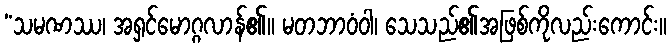
“သမဏဿ၊ အရှင်မောဂ္ဂလာန်၏။ မတဘာဝံဝါ၊ သေသည်၏အဖြစ်ကိုလည်းကောင်း။